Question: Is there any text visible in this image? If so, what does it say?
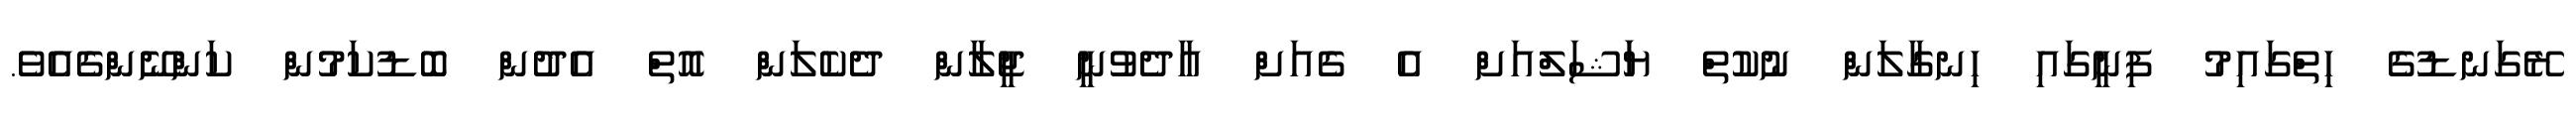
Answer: ރޭގަނޑުގެ ހިތްގައިމު ފިނީގައި ހިނގާލަން ނުކުތް ޔަަޝަލްއަށް އެ ގެއަށް އާދެވުނީ ޖީލާން ދެކެލަން އޮތް އެދުން ބޮޑުކަމުން ކަންނޭންގެއެވެ.